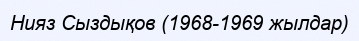
Нияз Сыздықов (1968-1969 жылдар)